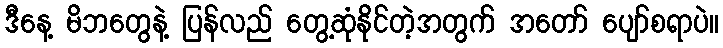
ဒီနေ့ မိဘတွေနဲ့ ပြန်လည် တွေ့ဆုံနိုင်တဲ့အတွက် အတော် ပျော်စရာပဲ။